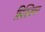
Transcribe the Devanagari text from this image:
सिस्त्रियन